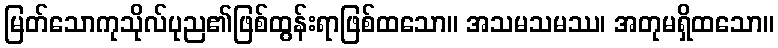
မြတ်သောကုသိုလ်ပုည၏ဖြစ်ထွန်းရာဖြစ်ထသော။ အသမသမဿ၊ အတုမရှိထသော။